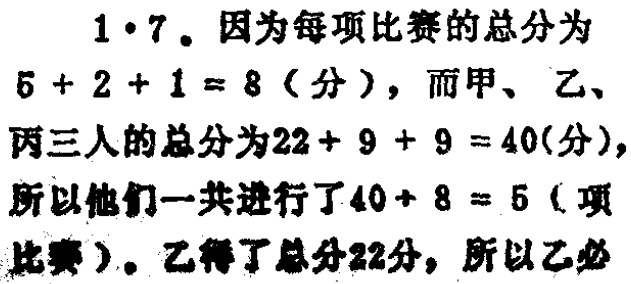
1.7。因为每项比赛的总分为

\(5 + 2 + 1 = 8\)（分），而甲、乙、

丙三人的总分为\(22 + 9 + 9 = 40\)(分)，

所以他们一共进行了\(40\div 8 = 5\)（项

比赛）。乙得了总分22分，所以乙必